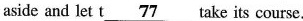
aside and let t \underline{77} take its course.